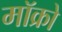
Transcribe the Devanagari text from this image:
मॉक्रो